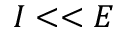
I < < E